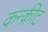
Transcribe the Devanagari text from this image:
कन्क्रीट